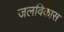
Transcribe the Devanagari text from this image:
जलविकास